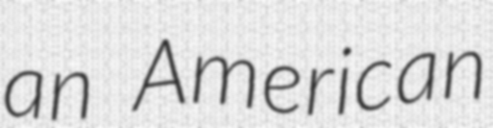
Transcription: an American